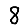
Digit: 8